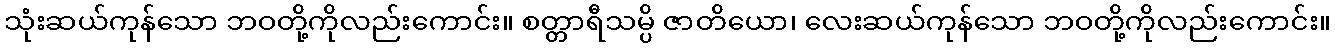
သုံးဆယ်ကုန်သော ဘဝတို့ကိုလည်းကောင်း။ စတ္တာရီသမ္ပိ ဇာတိယော၊ လေးဆယ်ကုန်သော ဘဝတို့ကိုလည်းကောင်း။